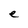
Character: e